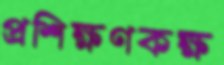
প্রশিক্ষণকক্ষ